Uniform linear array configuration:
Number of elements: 64
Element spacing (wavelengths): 0.5
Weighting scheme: cosine
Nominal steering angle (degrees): -30
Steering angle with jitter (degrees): -29.006
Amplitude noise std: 0.05
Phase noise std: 0.05

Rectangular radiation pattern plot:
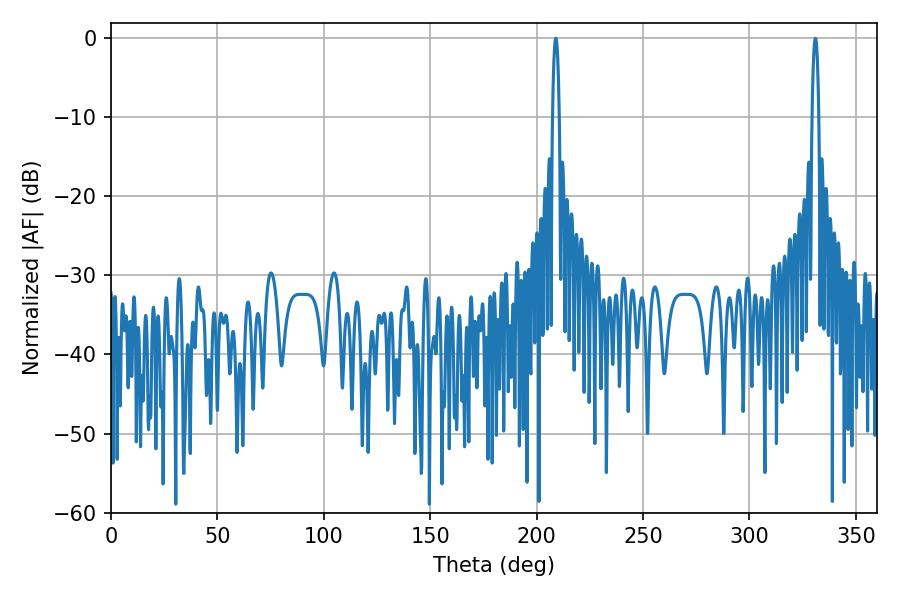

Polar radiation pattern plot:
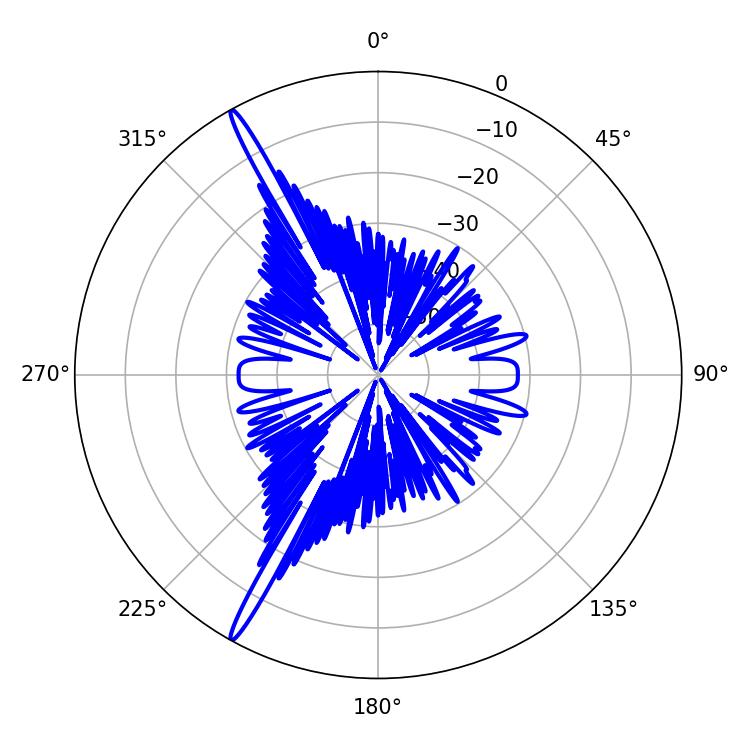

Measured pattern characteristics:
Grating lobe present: FALSE
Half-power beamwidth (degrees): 1.8
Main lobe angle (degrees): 208.98